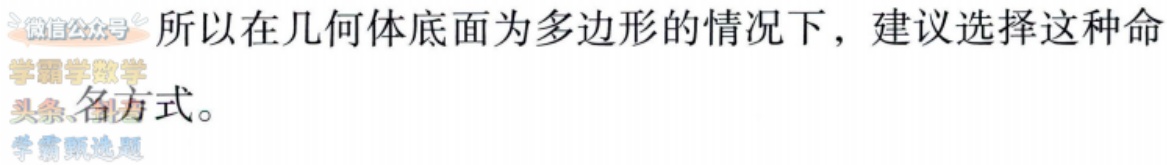
所以在几何体底面为多边形的情况下，建议选择这种命名方式。